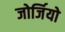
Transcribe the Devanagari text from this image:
जोर्जियो